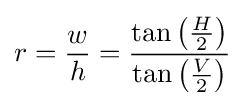
r={w \over h}={\frac {\tan \left({H \over 2}\right)}{\tan \left({V \over 2}\right)}}